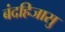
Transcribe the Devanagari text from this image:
बंदहिजासु